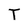
Character: T